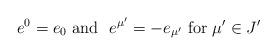
\begin{align*}e^0 = e_0 \hbox{\ and \ } e^{\mu '} = -e_{\mu'}\hbox{ for } \mu ' \in J'\end{align*}